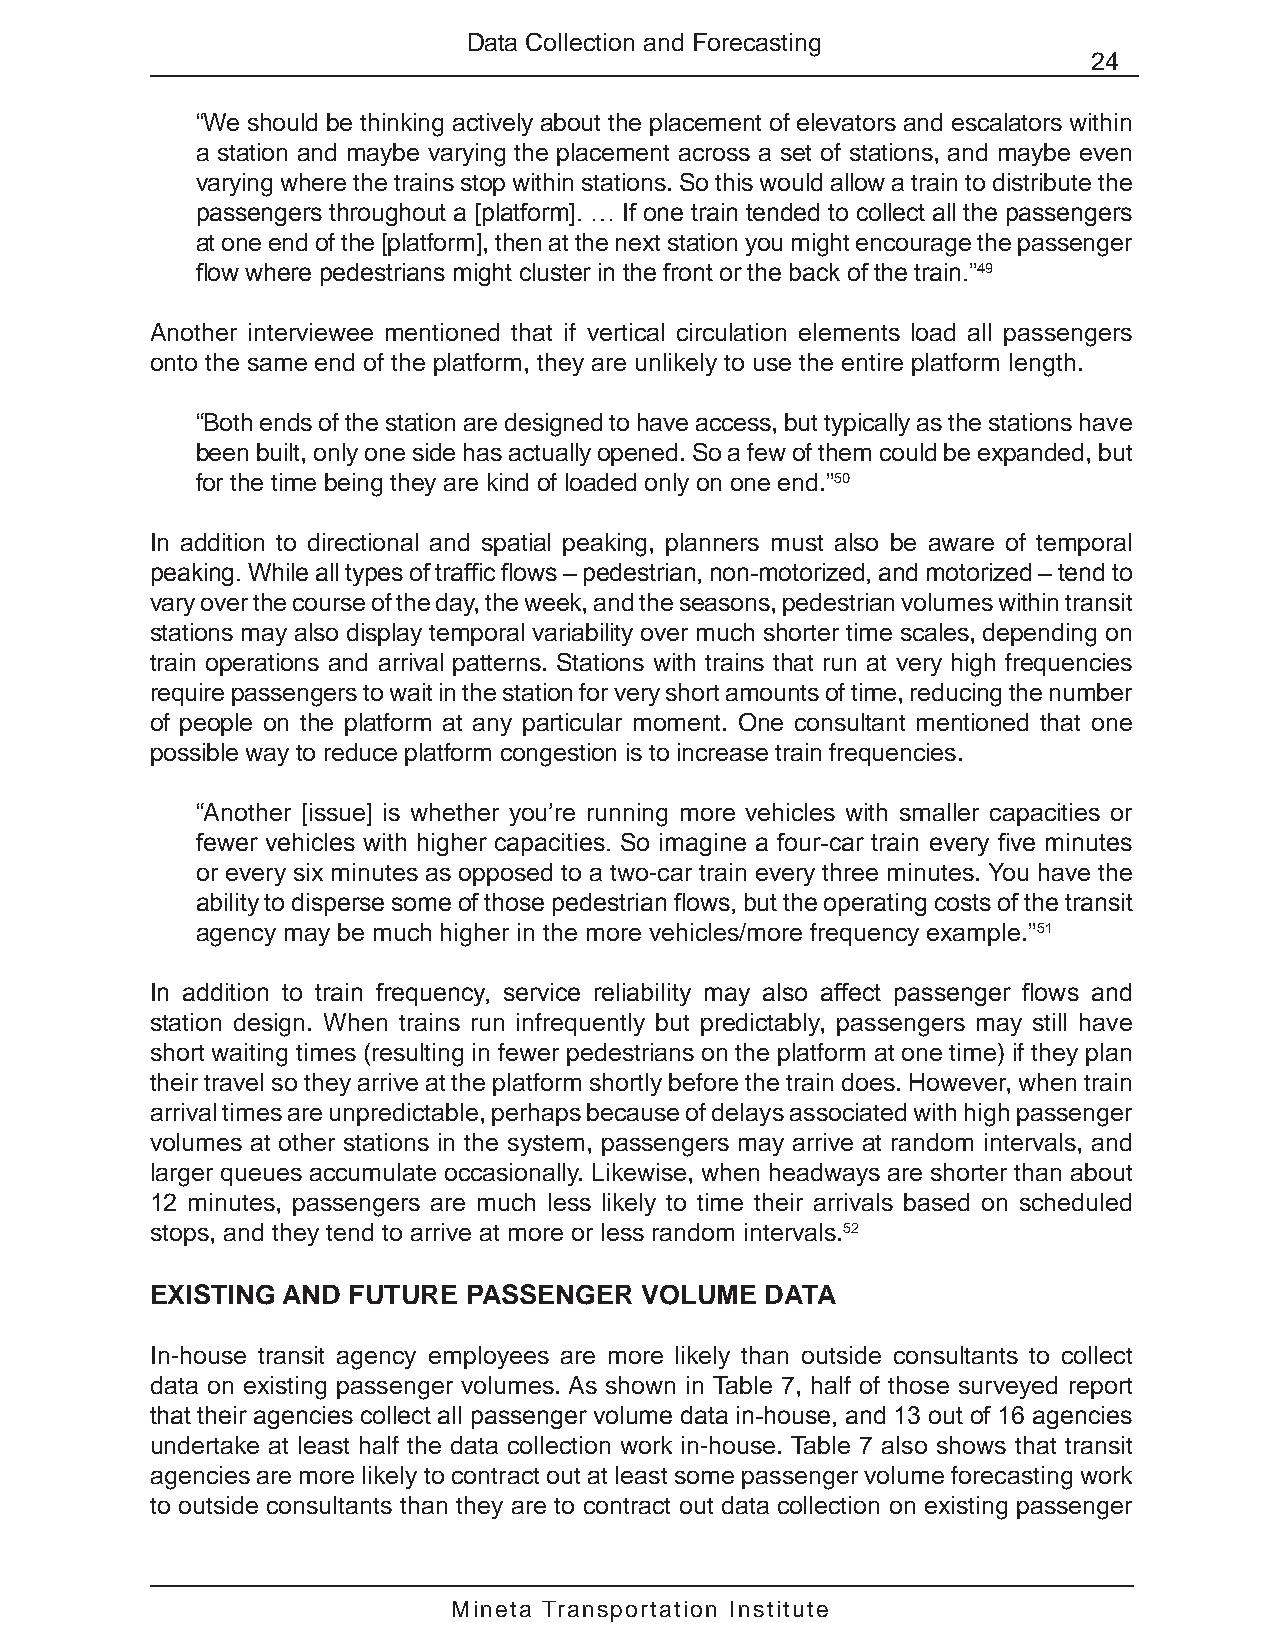
Data Collection and Forecasting
 24
 “We should be thinking actively about the placement of elevators and escalators within
 a station and maybe varying the placement across a set of stations, and maybe even
 varying where the trains stop within stations. So this would allow a train to distribute the
 passengers throughout a [platform]. … If one train tended to collect all the passengers
 at one end of the [platform], then at the next station you might encourage the passenger
 flow where pedestrians might cluster in the front or the back of the train.”49
 Another interviewee mentioned that if vertical circulation elements load all passengers
 onto the same end of the platform, they are unlikely to use the entire platform length.
 “Both ends of the station are designed to have access, but typically as the stations have
 been built, only one side has actually opened. So a few of them could be expanded, but
 for the time being they are kind of loaded only on one end.”50
 In addition to directional and spatial peaking, planners must also be aware of temporal
 peaking. While all types of traffic flows – pedestrian, non-motorized, and motorized – tend to
 vary over the course of the day, the week, and the seasons, pedestrian volumes within transit
 stations may also display temporal variability over much shorter time scales, depending on
 train operations and arrival patterns. Stations with trains that run at very high frequencies
 require passengers to wait in the station for very short amounts of time, reducing the number
 of people on the platform at any particular moment. One consultant mentioned that one
 possible way to reduce platform congestion is to increase train frequencies.
 “Another [issue] is whether you’re running more vehicles with smaller capacities or
 fewer vehicles with higher capacities. So imagine a four-car train every five minutes
 or every six minutes as opposed to a two-car train every three minutes. You have the
 ability to disperse some of those pedestrian flows, but the operating costs of the transit
 agency may be much higher in the more vehicles/more frequency example.”51
 In addition to train frequency, service reliability may also affect passenger flows and
 station design. When trains run infrequently but predictably, passengers may still have
 short waiting times (resulting in fewer pedestrians on the platform at one time) if they plan
 their travel so they arrive at the platform shortly before the train does. However, when train
 arrival times are unpredictable, perhaps because of delays associated with high passenger
 volumes at other stations in the system, passengers may arrive at random intervals, and
 larger queues accumulate occasionally. Likewise, when headways are shorter than about
 12 minutes, passengers are much less likely to time their arrivals based on scheduled
 stops, and they tend to arrive at more or less random intervals.52
 EXISTING AND FUTURE  PASSENGER   VOLUME  DATA
 In-house transit agency employees are more likely than outside consultants to collect
 data on existing passenger volumes. As shown in Table 7, half of those surveyed report
 that their agencies collect all passenger volume data in-house, and 13 out of 16 agencies
 undertake at least half the data collection work in-house. Table 7 also shows that transit
 agencies are more likely to contract out at least some passenger volume forecasting work
 to outside consultants than they are to contract out data collection on existing passenger
 Mineta Transportation Institute